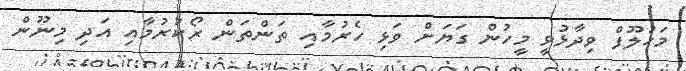
މަހުލޫފް ވިދާޅުވީ މީީހުން ގަޔަށް ވަޅި ހެރުމާއި ތަންތަން ރޯކުރުމާއި އަދި މިނޫން